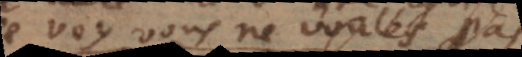
voy vous ne voulés pas